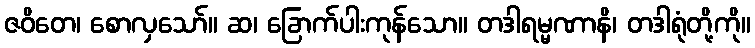
ဇဝိတေ၊ စောလှသော်။ ဆ၊ ခြောက်ပါးကုန်သော။ တဒါရမ္မဏာနိ၊ တဒါရုံတို့ကို။